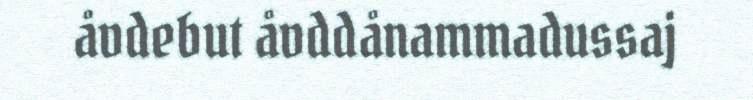
åvdebut åvddånammadussaj